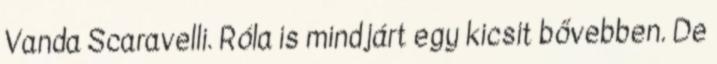
Vanda Scaravelli. Róla is mindjárt egy kicsit bővebben. De